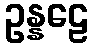
ဥန္နဠေ